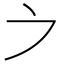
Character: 𪜊